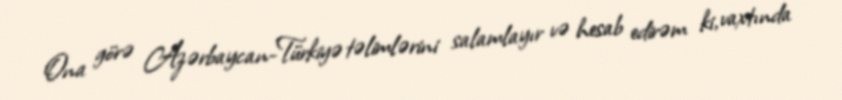
Ona görə Azərbaycan-Türkiyə təlimlərini salamlayır və hesab edirəm ki, vaxtında